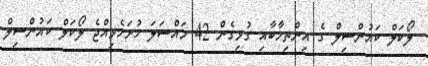
ލޯކަލް ކައުންސިލް ގެ އިންތިޚާބާއި ގުޅިގެން 42 މައްސަލަ ހުށަހެޅިއްޖެ ލޯކަލް ކައުންސިލް